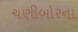
ચણીબોરના